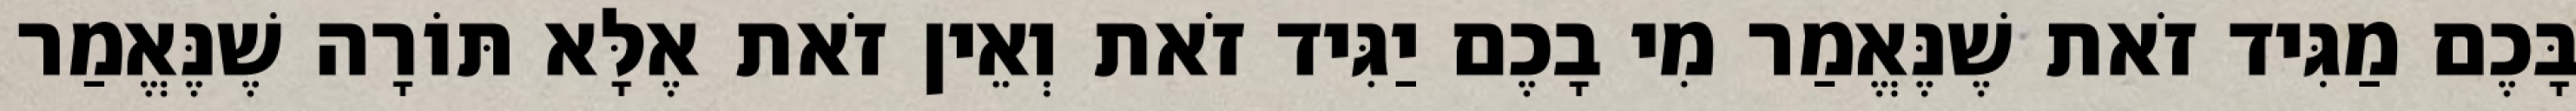
בָּכֶם מַגִּיד זֹאת שֶׁנֶּאֱמַר מִי בָכֶם יַגִּיד זֹאת וְאֵין זֹאת אֶלָּא תּוֹרָה שֶׁנֶּאֱמַר